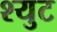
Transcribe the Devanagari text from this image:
श्युट